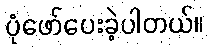
ပုံဖော်ပေးခဲ့ပါတယ်။